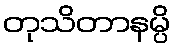
တုသိတာနမ္ပိ